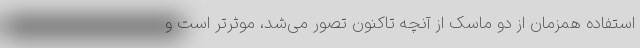
استفاده همزمان از دو ماسک از آنچه تاکنون تصور می‌شد، موثرتر است و